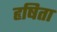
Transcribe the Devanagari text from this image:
हृषिता